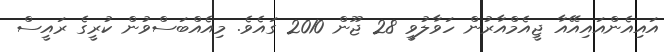
އައިއެންއައިއޭއާ ޖީއެމްއާރުން ހަވާލުވީ 28 ޖޫން 2010 ގައެވެ. މިއެއްބަސްވުން ކުރީގެ ރައީސް